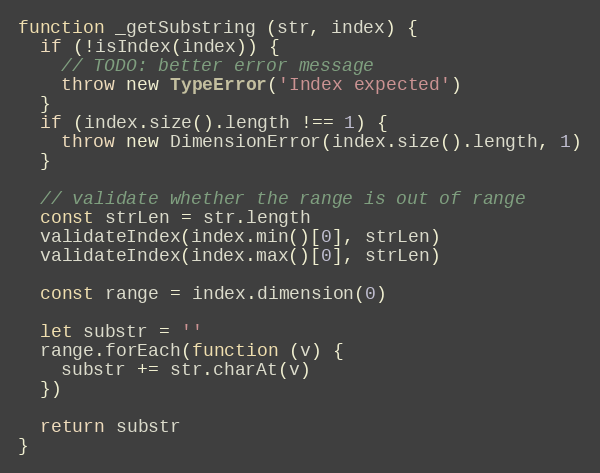
Language: JavaScript
function _getSubstring (str, index) {
  if (!isIndex(index)) {
    // TODO: better error message
    throw new TypeError('Index expected')
  }
  if (index.size().length !== 1) {
    throw new DimensionError(index.size().length, 1)
  }

  // validate whether the range is out of range
  const strLen = str.length
  validateIndex(index.min()[0], strLen)
  validateIndex(index.max()[0], strLen)

  const range = index.dimension(0)

  let substr = ''
  range.forEach(function (v) {
    substr += str.charAt(v)
  })

  return substr
}